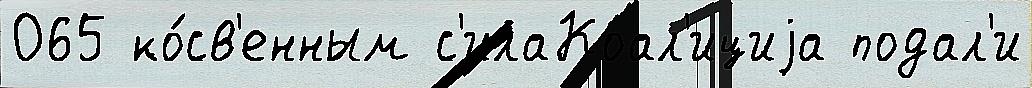
065 ко́св'енным с'илаКоал'ициjа подал'и